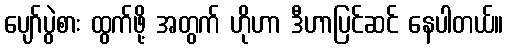
ပျော်ပွဲစား ထွက်ဖို့ အတွက် ဟိုဟာ ဒီဟာပြင်ဆင် နေပါတယ်။